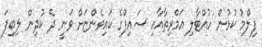
ފިލްމު ކުޅުން ހުއްޓާލި އަމްރިތާއާއި ސައިފްގެ ކައިވެންޏަށް ވަނީ ދެ ކުދިން ލިބިފަ